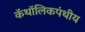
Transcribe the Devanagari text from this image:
कॅथॉलिकपंथीय